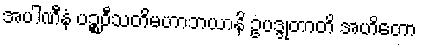
အပါဏီနံ ပဉ္စဝီသတိမဟာဘယာနိ ဥပဒ္ဒုတာတိ အဟိတော